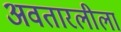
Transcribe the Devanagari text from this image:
अवतारलीला